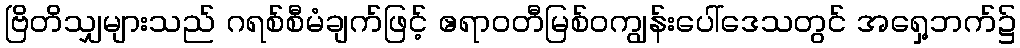
ဗြိတိသျှများသည် ဂရစ်စီမံချက်ဖြင့် ဧရာဝတီမြစ်ဝကျွန်းပေါ်ဒေသတွင် အရှေ့ဘက်၌